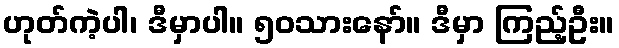
ဟုတ်ကဲ့ပါ၊ ဒီမှာပါ။ ၅၀သားနော်။ ဒီမှာ ကြည့်ဦး။